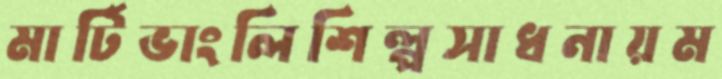
মার্টিভাংলিশিল্পসাধনায়ম